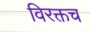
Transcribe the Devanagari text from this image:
विरक्तच